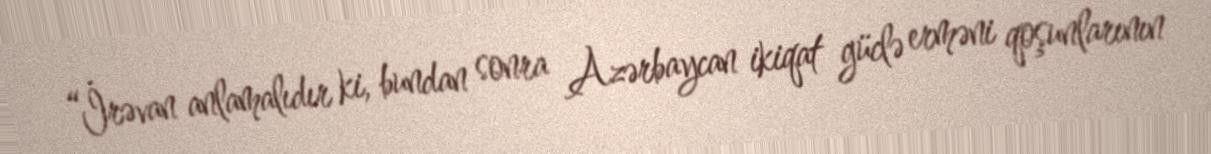
“İrəvan anlamalıdır ki, bundan sonra Azərbaycan ikiqat güclə erməni qoşunlarının